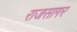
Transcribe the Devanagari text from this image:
राजसागर